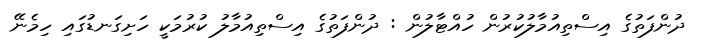
ދުންފަތުގެ އިސްތިއުމާލުކުރުން ހުއްޓާލުން : ދުންފަތުގެ އިސްތިއުމާލު ކުރުމަކީ ހަށިގަނޑުގައި ހިމެނޭ